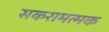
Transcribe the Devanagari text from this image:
सकरामत्मक